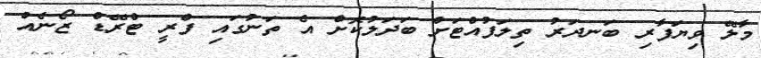
މާލޭ ވިޔަފާރި ބަނދަރު ތިލަފުއްޓަށް ބަދަލުކޮށް އެ ތަނުގައި ފްރީ ޓްރޭޑް ޒޯނެއް